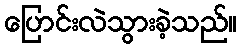
ပြောင်းလဲသွားခဲ့သည်။